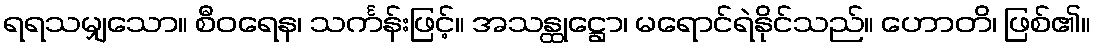
ရရသမျှသော။ စီဝရေန၊ သင်္ကန်းဖြင့်။ အသန္ထုဋ္ဌော၊ မရောင်ရဲနိုင်သည်။ ဟောတိ၊ ဖြစ်၏။